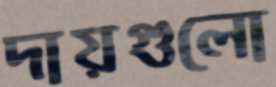
দায়গুলো